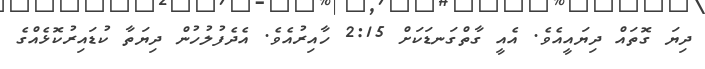
ދިޔަ ގޮތައް ދިޔައީއެވެ. އެއީ ގާތްގަނޑަކަށް 2:15 ހާއިރުއެވެ. އެދެފުލުހުން ދިޔަތާ ކުޑައިރުކޮޅެއްގެ